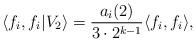
LaTeX: \begin{align*}\langle f_i,f_i|V_2 \rangle = \frac{a_i(2)}{3 \cdot 2^{k-1}} \langle f_i, f_i \rangle,\end{align*}